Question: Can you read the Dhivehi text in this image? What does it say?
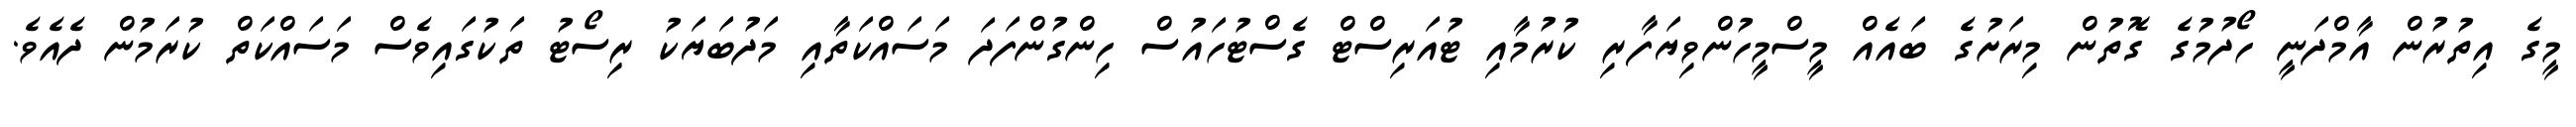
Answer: މީގެ އިތުރުން އާމްދަނީ ހޯދުމުގެ ގޮތުން މިރަށުގެ ބައެއް މީސްމީހުންވިޔަފާރި ކުރުމާއި ޓުއަރިސްޓް ގެސްޓުހައުސް ހިންގުންފަދަ މަސައްކަތާއި މަދުބަޔަކު ރިސޯޓު ތަކުގައިވެސް މަސައްކަތް ކުރަމުން ދެއެވެ.